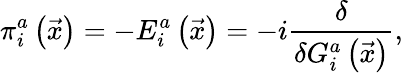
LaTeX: \pi_{i}^{a}\left(\vec{x}\right)=-E_{i}^{a}\left(\vec{x}\right)=-i\frac{\delta}{\delta G_{i}^{a}\left(\vec{x}\right)},